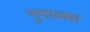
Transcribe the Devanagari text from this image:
भुपाळ्या